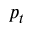
p _ { t }